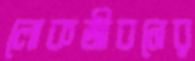
লোকজীবনের